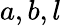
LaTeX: a,b,l